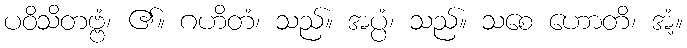
ပဝိသိတဗ္ဗံ၊ ၏။ ဂဟိတံ၊ သည်။ အပ္ပံ၊ သည်။ သစေ ဟောတိ၊ အံ့။